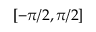
[ - { \pi } / { 2 } , { \pi } / { 2 } ]